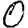
Digit: 0